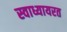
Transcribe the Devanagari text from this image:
स्वाध्यायरत